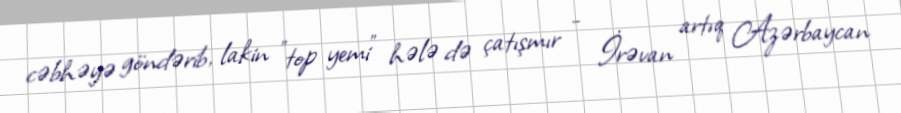
cəbhəyə göndərib, lakin "top yemi" hələ də çatışmır - İrəvan artıq Azərbaycan